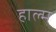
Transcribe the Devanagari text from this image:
हाल्म